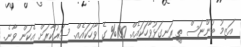
އަަޒިމު ބުންޏަސް ތީ ރަނގަޅުވާހަކައެއް. 100% ގެ ވާހަކައެއް. ސަރުކާރަށް އެކަން ވާނެ.